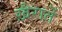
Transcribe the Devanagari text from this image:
ख़ैरातें